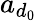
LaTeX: a_{d_{0}}